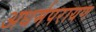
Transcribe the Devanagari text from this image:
अधर्मपरायण